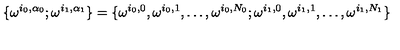
\{ \omega ^ { i _ { 0 } , \alpha _ { 0 } } ; \omega ^ { i _ { 1 } , \alpha _ { 1 } } \} = \{ \omega ^ { i _ { 0 } , 0 } , \omega ^ { i _ { 0 } , 1 } , \ldots , \omega ^ { i _ { 0 } , N _ { 0 } } ; \omega ^ { i _ { 1 } , 0 } , \omega ^ { i _ { 1 } , 1 } , \ldots , \omega ^ { i _ { 1 } , N _ { 1 } } \}